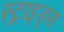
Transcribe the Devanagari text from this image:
स्ट्राइड्स